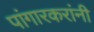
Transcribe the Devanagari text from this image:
पांगारकरांनी